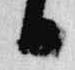
日